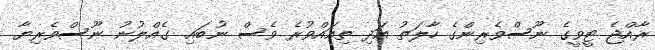
ރާއްޖެ ޓީވީގެ ނޫސްވެރިންގެ ހާލަތު އަދި ތިއައްވުރެ ވެސް ނުބައި. ގެއްލުނު ނޫސްވެރިޔާ